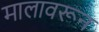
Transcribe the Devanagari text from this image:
मालावरून